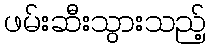
ဖမ်းဆီးသွားသည့်